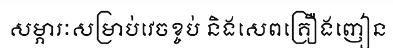
សម្ភារៈសម្រាប់វេចខ្ចប់ និងសេពគ្រឿងញៀន